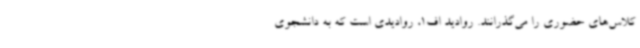
کلاس‌های حضوری را می‌گذرانند. روادید اف1، روادیدی است که به دانشجوی